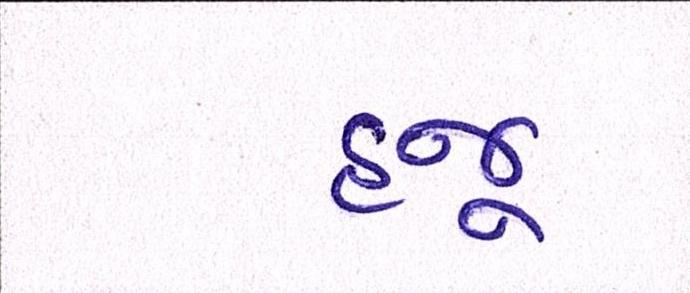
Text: હજૂ